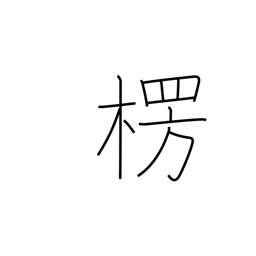
Meaning: protrusion